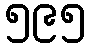
၅၉၅